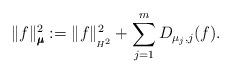
LaTeX: \begin{align*}\|f\|^2_{\pmb \mu}:= \|f\|^2_{\!_{H^2}}+ \sum\limits_{j=1}^{m} D_{\mu_j,j}(f).\end{align*}